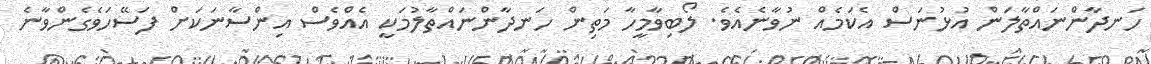
ހަނދާންނައްތާލަން އުޅުނަސް އެކަމެއް ނުވާނެއެވެ. ލޯބިވާމީހާ މަތިން ހަނދާންނައްތާލުމަކީ އެއްވެސް އިންސާނަކަށް ފަސޭހަވެގެންވާނެ